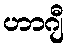
ဟာဂျီ